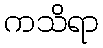
ကသိရာ